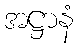
အဋ္ဌာနံ